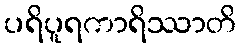
ပရိပူရကာရိဿာတိ